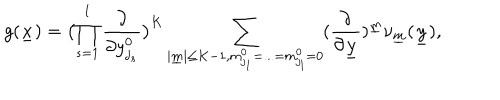
g ( \underline { { { x } } } ) = \bigl ( \prod _ { s = 1 } ^ { l } \frac { \partial } { \partial y _ { j _ { s } } ^ { 0 } } \bigr ) ^ { K } \sum _ { | \underline { { { m } } } | \leq K - 1 , m _ { j _ { 1 } } ^ { 0 } = . . . = m _ { j _ { l } } ^ { 0 } = 0 } ( \frac { \partial } { \partial \underline { { { y } } } } ) ^ { \underline { { { m } } } } \nu _ { \underline { { { m } } } } ( \underline { { { y } } } ) ,